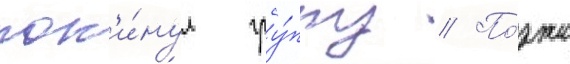
пок'и́нул гру́ппу // По́зже